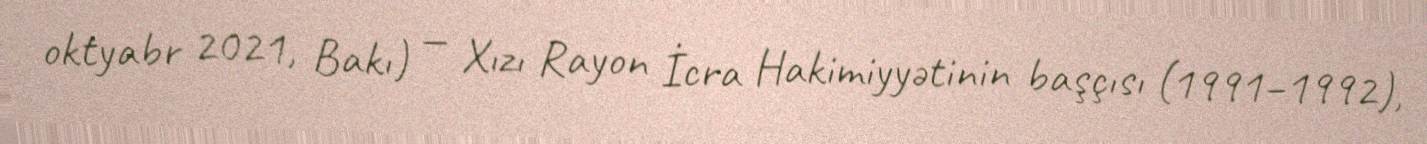
oktyabr 2021, Bakı) — Xızı Rayon İcra Hakimiyyətinin başçısı (1991–1992),